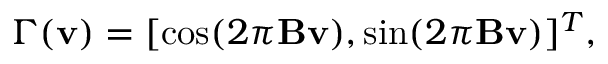
\Gamma ( \mathbf { v } ) = [ \cos ( 2 \pi \mathbf { B } \mathbf { v } ) , \sin ( 2 \pi \mathbf { B } \mathbf { v } ) ] ^ { T } ,